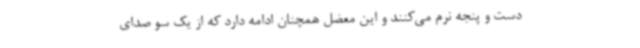
دست‌ و پنجه نرم می‌کنند و این معضل همچنان ادامه دارد که از یک سو صدای